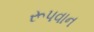
રૂપવાન